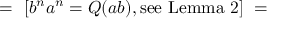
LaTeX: = \ [ b ^ { n } a ^ { n } = Q ( a b ) , { \mathrm { s e e ~ L e m m a ~ 2 } } ] \ =